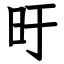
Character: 旴